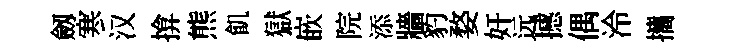
劔寒汉揜熊飢獄嵌院添牆豹婺奸远撼偶泠攜